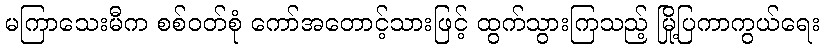
မကြာသေးမီက စစ်ဝတ်စုံ ကော်အတောင့်သားဖြင့် ထွက်သွားကြသည့် မြို့ပြကာကွယ်ရေး